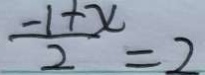
\frac { - 1 + x } { 2 } = 2